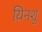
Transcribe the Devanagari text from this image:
यिनशु